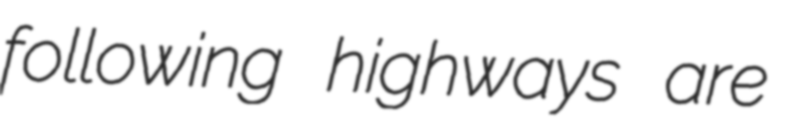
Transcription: following highways are